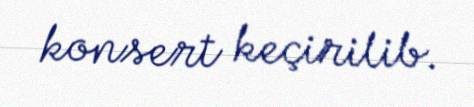
konsert keçirilib.